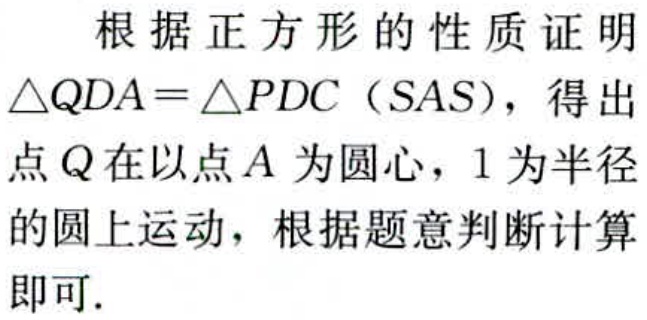
根据正方形的性质证明
$\triangle QDA = \triangle PDC$（SAS），得出
点$Q$在以点$A$为圆心，$1$为半径
的圆上运动，根据题意判断计算
即可.